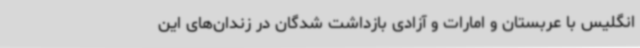
انگلیس با عربستان و امارات و آزادی بازداشت شدگان در زندان‌های این